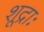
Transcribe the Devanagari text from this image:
शूद्राः